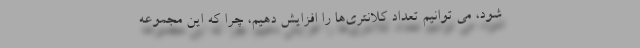
شود، می توانیم تعداد کلانتری‌ها را افزایش دهیم، چرا که این مجموعه